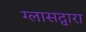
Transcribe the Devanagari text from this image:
ग्लासद्वारा